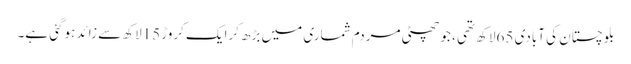
بلوچستان کی آبادی 65لاکھ تھی ، جو چھٹی مردم شماری میں بڑھ کرایک کروڑ15لاکھ سے زائد ہوگئی ہے۔